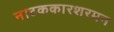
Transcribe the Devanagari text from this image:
नाटककारशरमन